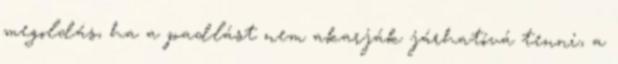
megoldás, ha a padlást nem akarják járhatóvá tenni, a